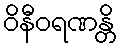
ဝိနီဝရဏန္တိ